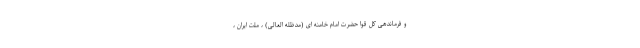
و فرماندهی کل قوا حضرت امام خامنه ای (مدظله العالی) ، ملت ایران ،